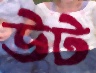
উট